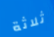
ثلاثة